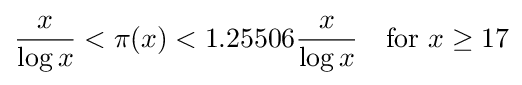
{\frac {x}{\log x}}<\pi (x)<1.25506{\frac {x}{\log x}}\quad {\text{for }}x\geq 17